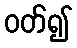
ဝတ်၍